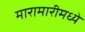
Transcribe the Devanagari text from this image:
मारामारीमध्ये